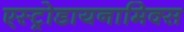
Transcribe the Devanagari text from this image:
एस्ट्रोडायनामिक्स